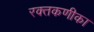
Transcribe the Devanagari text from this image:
रक्तकणीका